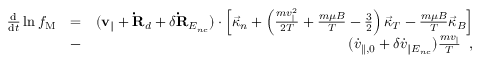
\begin{array} { r l r } { \frac { \mathrm { d } } { \mathrm { d } t } \ln f _ { \mathrm { M } } } & { = } & { ( { \bf v } _ { \| } + { \bf \dot { R } } _ { d } + \delta { \bf \dot { R } } _ { E _ { n c } } ) \cdot \left[ { \vec { \kappa } } _ { n } + \left( \frac { m v _ { \| } ^ { 2 } } { 2 T } + \frac { m \mu B } { T } - \frac { 3 } { 2 } \right) \vec { \kappa } _ { T } - \frac { m \mu B } { T } \vec { \kappa } _ { B } \right] } \\ & { - } & { ( \dot { v } _ { \parallel , 0 } + \delta \dot { v } _ { \| E _ { n c } } ) \frac { m v _ { \| } } { T } \; \; , } \end{array}